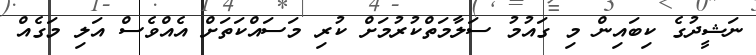
ނަޝީދުގެ ކިބައިން މި ގައުމު ސަލާމަތްކުރުމަށް ކުރި މަސައްކަތަށް އެއްވެސް އަލި މަގެއް